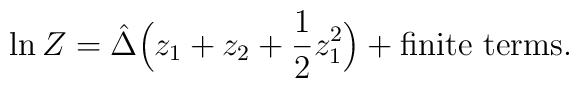
\ln Z = \hat\Delta \Big(z_1 + z_2 + \frac{1}{2} z_1^2\Big)+\mbox{finite terms}.